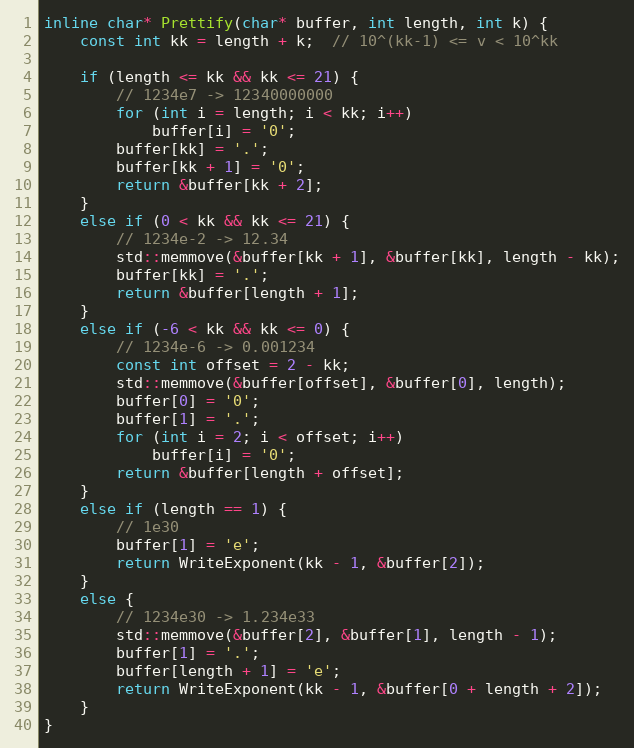
Language: C
inline char* Prettify(char* buffer, int length, int k) {
    const int kk = length + k;  // 10^(kk-1) <= v < 10^kk

    if (length <= kk && kk <= 21) {
        // 1234e7 -> 12340000000
        for (int i = length; i < kk; i++)
            buffer[i] = '0';
        buffer[kk] = '.';
        buffer[kk + 1] = '0';
        return &buffer[kk + 2];
    }
    else if (0 < kk && kk <= 21) {
        // 1234e-2 -> 12.34
        std::memmove(&buffer[kk + 1], &buffer[kk], length - kk);
        buffer[kk] = '.';
        return &buffer[length + 1];
    }
    else if (-6 < kk && kk <= 0) {
        // 1234e-6 -> 0.001234
        const int offset = 2 - kk;
        std::memmove(&buffer[offset], &buffer[0], length);
        buffer[0] = '0';
        buffer[1] = '.';
        for (int i = 2; i < offset; i++)
            buffer[i] = '0';
        return &buffer[length + offset];
    }
    else if (length == 1) {
        // 1e30
        buffer[1] = 'e';
        return WriteExponent(kk - 1, &buffer[2]);
    }
    else {
        // 1234e30 -> 1.234e33
        std::memmove(&buffer[2], &buffer[1], length - 1);
        buffer[1] = '.';
        buffer[length + 1] = 'e';
        return WriteExponent(kk - 1, &buffer[0 + length + 2]);
    }
}